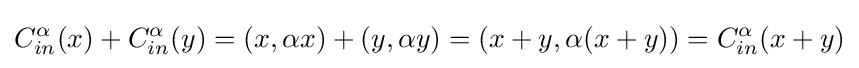
C_{in}^{\alpha }(x)+C_{in}^{\alpha }(y)=(x,\alpha x)+(y,\alpha y)=(x+y,\alpha (x+y))=C_{in}^{\alpha }(x+y)